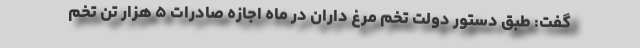
گفت: طبق دستور دولت تخم مرغ داران در ماه اجازه‌ صادرات ۵ هزار تن تخم